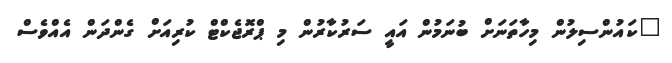
"ކައުންސިލުން މިހާތަނަށް ބުނަމުން އައީ ސަރުކާރުން މި ޕްރޮޖެކްޓް ކުރިއަށް ގެންދަން އެއްވެސް